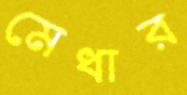
মেধার